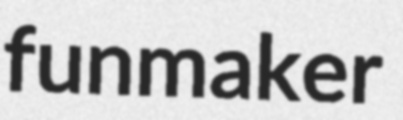
funmaker